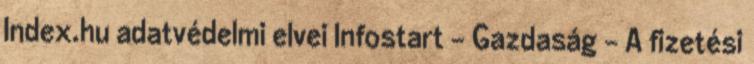
Index.hu adatvédelmi elvei Infostart - Gazdaság - A fizetési